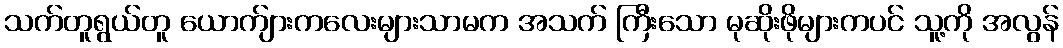
သက်တူရွယ်တူ ယောက်ျားကလေးများသာမက အသက် ကြီးသော မုဆိုးဖိုများကပင် သူ့ကို အလွန်